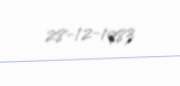
28-12-1983